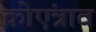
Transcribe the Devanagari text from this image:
कोएंत्राव